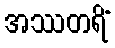
အဿတရိံ